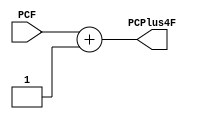
`timescale 1ns / 1ps
//////////////////////////////////////////////////////////////////////////////////
// Company: 
// Engineer: 
// 
// Design Name: 
// Module Name:    add_pc 
// Project Name: 
// Target Devices: 
// Tool versions: 
// Description: 
//
// Dependencies: 
//
// Revision: 
// Revision 0.01 - File Created
// Additional Comments: 
//
//////////////////////////////////////////////////////////////////////////////////
module add_pc(
	input wire [8:0] PCF,
	output reg [8:0] PCPlus4F
    );


always @(*)
begin 
	PCPlus4F <= PCF + 1; 
end

endmodule